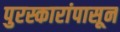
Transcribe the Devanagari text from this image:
पुरस्कारांपासून